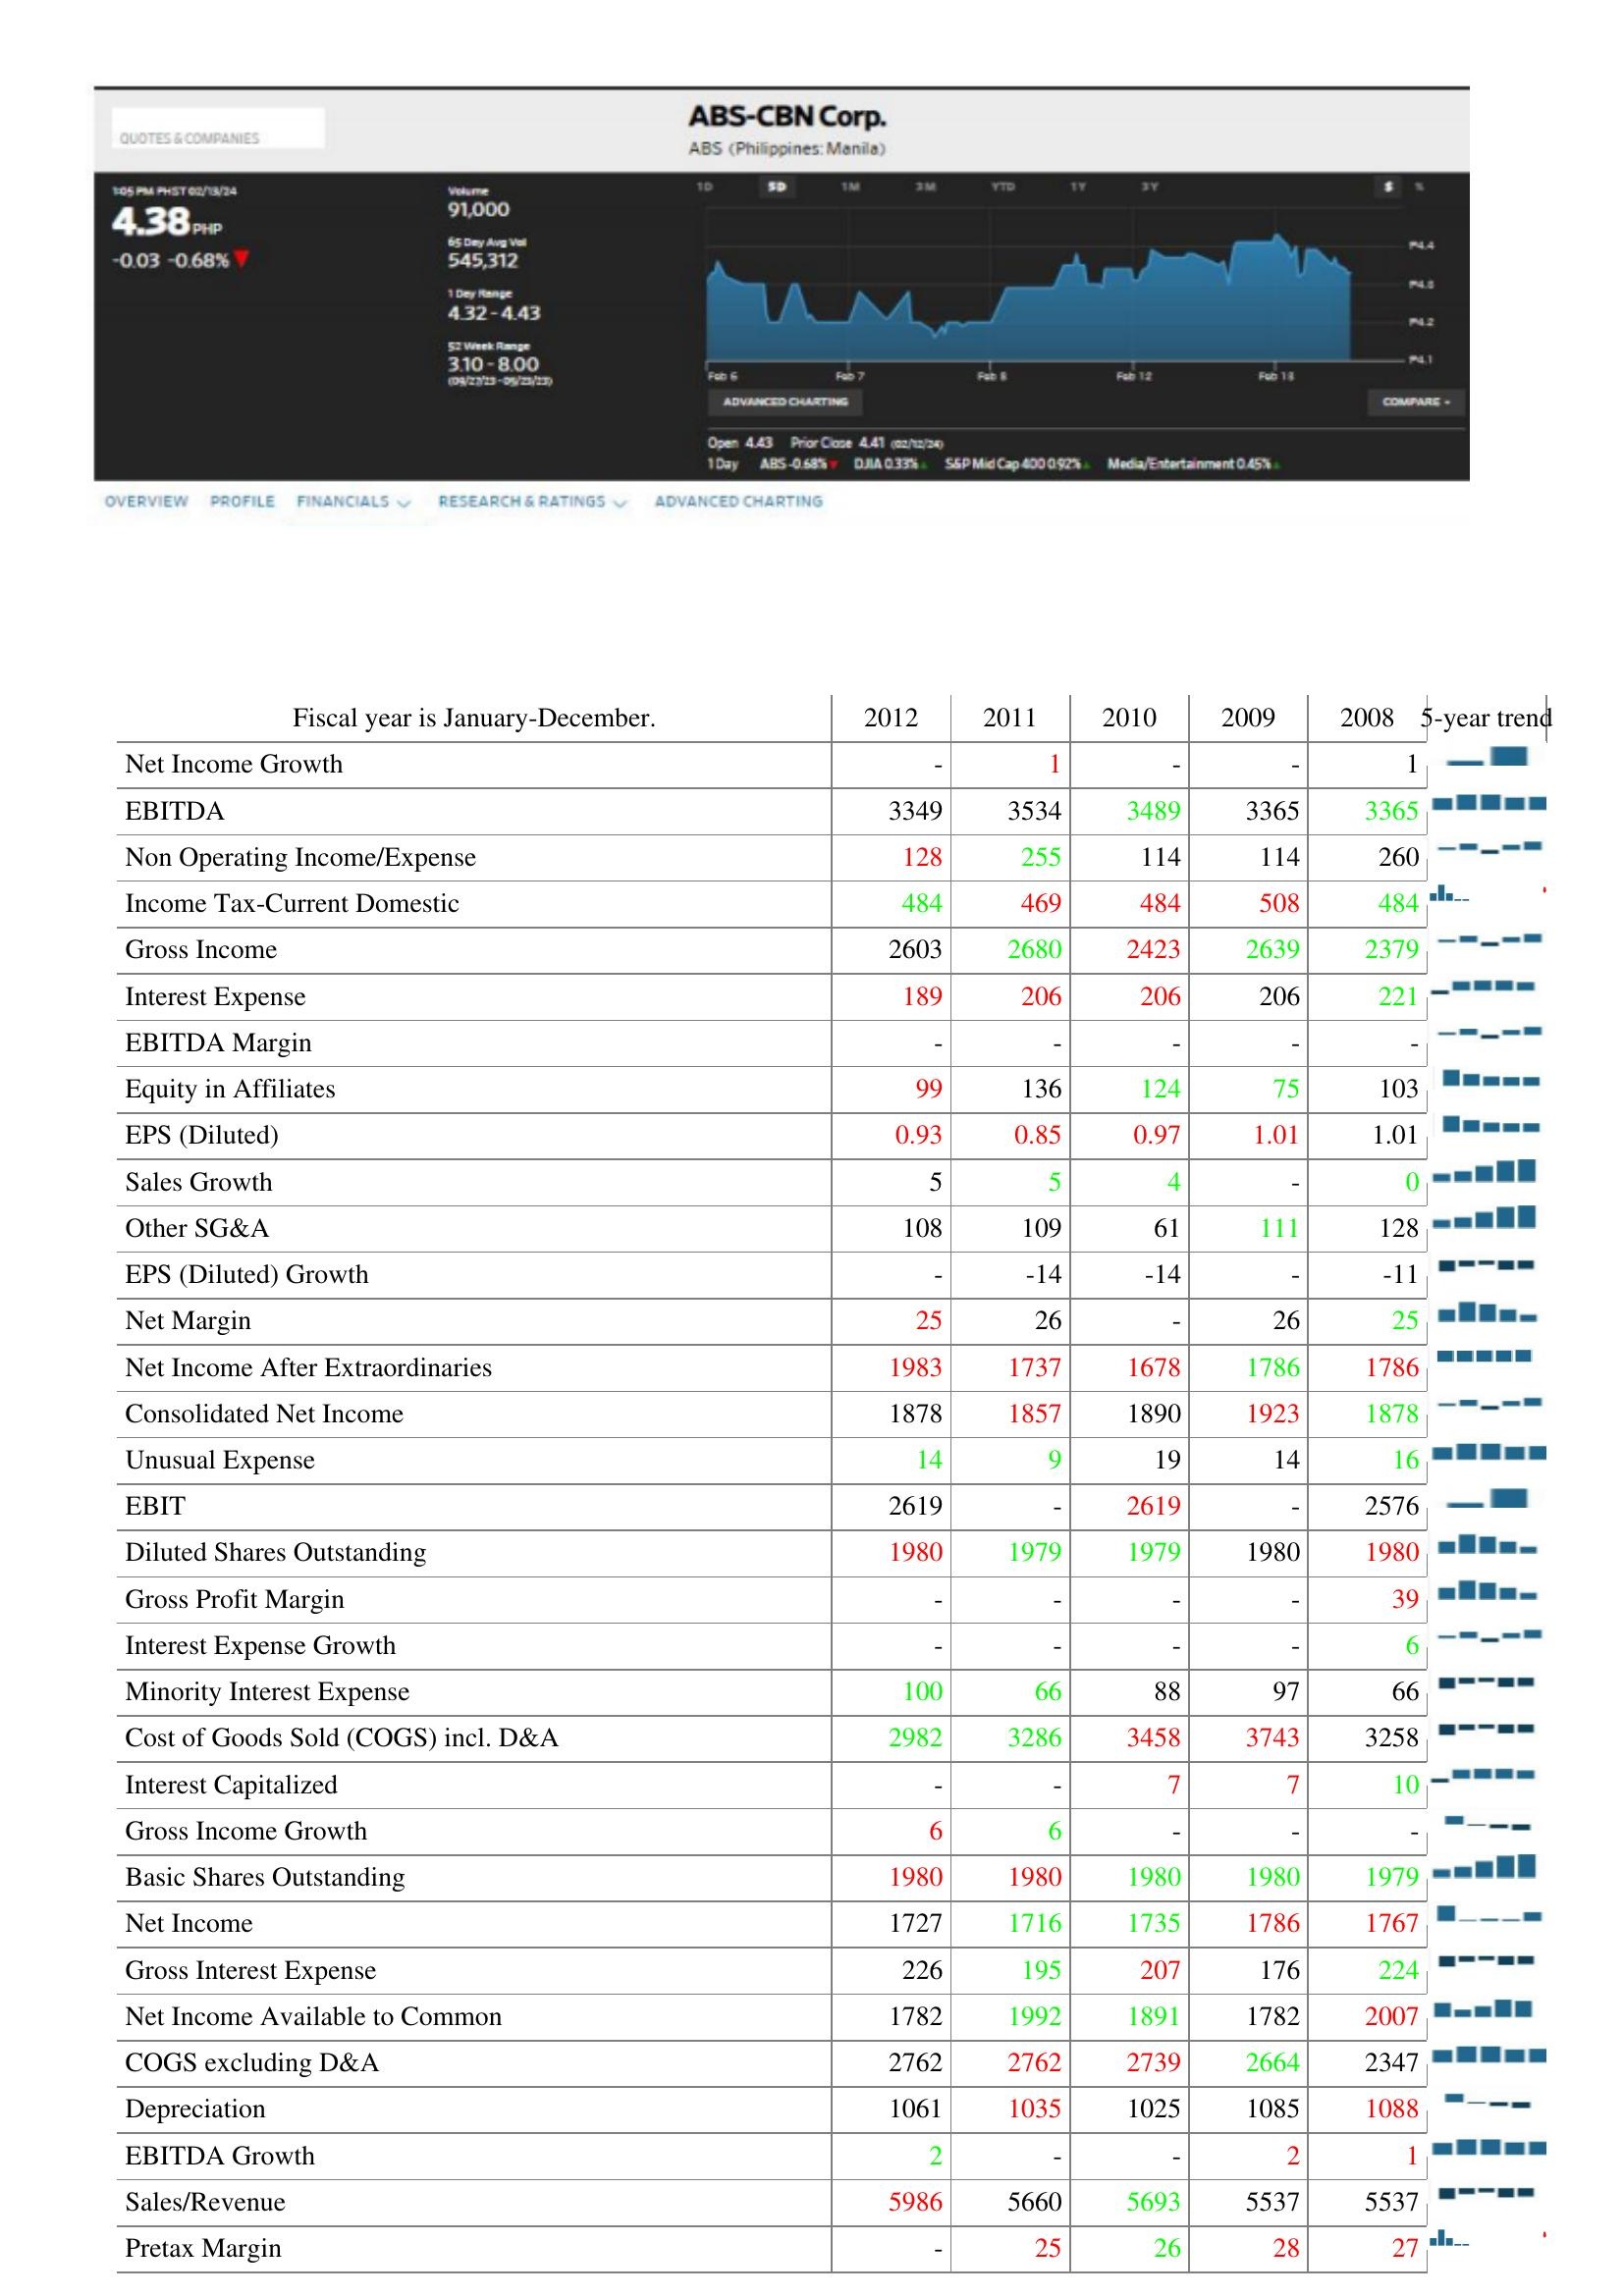
2012: : Net Income Growth: -
EBITDA: 3349
Non Operating Income/Expense: 128
Income Tax-Current Domestic: 484
Gross Income: 2603
Interest Expense: 189
EBITDA Margin: -
Equity in Affiliates: 99
EPS (Diluted): 0.93
Sales Growth: 5
Other SG&A: 108
EPS (Diluted) Growth: -
Net Margin: 25
Net Income After Extraordinaries: 1983
Consolidated Net Income: 1878
Unusual Expense: 14
EBIT: 2619
Diluted Shares Outstanding: 1980
Gross Profit Margin: -
Interest Expense Growth: -
Minority Interest Expense: 100
Cost of Goods Sold (COGS) incl. D&A: 2982
Interest Capitalized: -
Gross Income Growth: 6
Basic Shares Outstanding: 1980
Net Income: 1727
Gross Interest Expense: 226
Net Income Available to Common: 1782
COGS excluding D&A: 2762
Depreciation: 1061
EBITDA Growth: 2
Sales/Revenue: 5986
Pretax Margin: -
2011: : Net Income Growth: 1
EBITDA: 3534
Non Operating Income/Expense: 255
Income Tax-Current Domestic: 469
Gross Income: 2680
Interest Expense: 206
EBITDA Margin: -
Equity in Affiliates: 136
EPS (Diluted): 0.85
Sales Growth: 5
Other SG&A: 109
EPS (Diluted) Growth: -14
Net Margin: 26
Net Income After Extraordinaries: 1737
Consolidated Net Income: 1857
Unusual Expense: 9
EBIT: -
Diluted Shares Outstanding: 1979
Gross Profit Margin: -
Interest Expense Growth: -
Minority Interest Expense: 66
Cost of Goods Sold (COGS) incl. D&A: 3286
Interest Capitalized: -
Gross Income Growth: 6
Basic Shares Outstanding: 1980
Net Income: 1716
Gross Interest Expense: 195
Net Income Available to Common: 1992
COGS excluding D&A: 2762
Depreciation: 1035
EBITDA Growth: -
Sales/Revenue: 5660
Pretax Margin: 25
2010: : Net Income Growth: -
EBITDA: 3489
Non Operating Income/Expense: 114
Income Tax-Current Domestic: 484
Gross Income: 2423
Interest Expense: 206
EBITDA Margin: -
Equity in Affiliates: 124
EPS (Diluted): 0.97
Sales Growth: 4
Other SG&A: 61
EPS (Diluted) Growth: -14
Net Margin: -
Net Income After Extraordinaries: 1678
Consolidated Net Income: 1890
Unusual Expense: 19
EBIT: 2619
Diluted Shares Outstanding: 1979
Gross Profit Margin: -
Interest Expense Growth: -
Minority Interest Expense: 88
Cost of Goods Sold (COGS) incl. D&A: 3458
Interest Capitalized: 7
Gross Income Growth: -
Basic Shares Outstanding: 1980
Net Income: 1735
Gross Interest Expense: 207
Net Income Available to Common: 1891
COGS excluding D&A: 2739
Depreciation: 1025
EBITDA Growth: -
Sales/Revenue: 5693
Pretax Margin: 26
2009: : Net Income Growth: -
EBITDA: 3365
Non Operating Income/Expense: 114
Income Tax-Current Domestic: 508
Gross Income: 2639
Interest Expense: 206
EBITDA Margin: -
Equity in Affiliates: 75
EPS (Diluted): 1.01
Sales Growth: -
Other SG&A: 111
EPS (Diluted) Growth: -
Net Margin: 26
Net Income After Extraordinaries: 1786
Consolidated Net Income: 1923
Unusual Expense: 14
EBIT: -
Diluted Shares Outstanding: 1980
Gross Profit Margin: -
Interest Expense Growth: -
Minority Interest Expense: 97
Cost of Goods Sold (COGS) incl. D&A: 3743
Interest Capitalized: 7
Gross Income Growth: -
Basic Shares Outstanding: 1980
Net Income: 1786
Gross Interest Expense: 176
Net Income Available to Common: 1782
COGS excluding D&A: 2664
Depreciation: 1085
EBITDA Growth: 2
Sales/Revenue: 5537
Pretax Margin: 28
2008: : Net Income Growth: 1
EBITDA: 3365
Non Operating Income/Expense: 260
Income Tax-Current Domestic: 484
Gross Income: 2379
Interest Expense: 221
EBITDA Margin: -
Equity in Affiliates: 103
EPS (Diluted): 1.01
Sales Growth: 0
Other SG&A: 128
EPS (Diluted) Growth: -11
Net Margin: 25
Net Income After Extraordinaries: 1786
Consolidated Net Income: 1878
Unusual Expense: 16
EBIT: 2576
Diluted Shares Outstanding: 1980
Gross Profit Margin: 39
Interest Expense Growth: 6
Minority Interest Expense: 66
Cost of Goods Sold (COGS) incl. D&A: 3258
Interest Capitalized: 10
Gross Income Growth: -
Basic Shares Outstanding: 1979
Net Income: 1767
Gross Interest Expense: 224
Net Income Available to Common: 2007
COGS excluding D&A: 2347
Depreciation: 1088
EBITDA Growth: 1
Sales/Revenue: 5537
Pretax Margin: 27